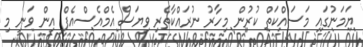
ޔަމަނުގައި މަސައްކަތް ކުރުން މިހާރު ނުރައްކާތެރި ވިޔަސް އެމްއެސްއެފް އިން ވަނީ މި